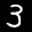
Label: 3